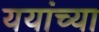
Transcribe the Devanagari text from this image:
ययांच्या